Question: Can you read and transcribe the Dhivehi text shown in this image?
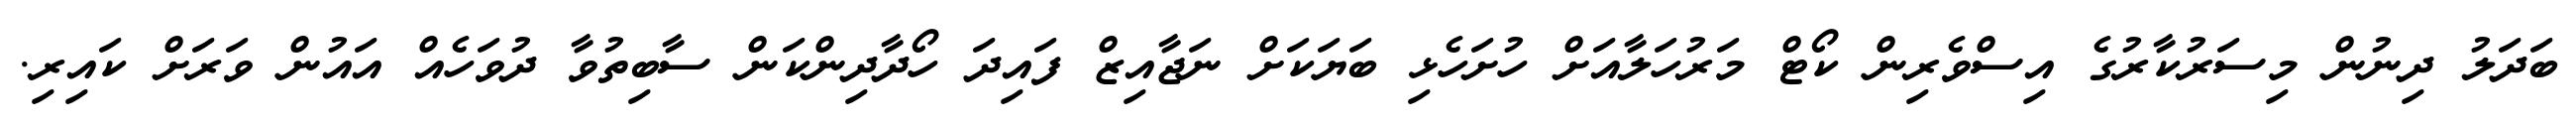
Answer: ބަދަލު ދިނުން މިސަރުކާރުގެ އިސްވެރިން ކޯޓް މަރުހަލާއަށް ހުށަހެޅި ބަޔަކަށް ނަޖާއިޒް ފައިދަ ހޯދާދިންކަން ސާބިތުވާ ދުވަހެއް އައުން ވަރަށް ކައިރި.